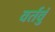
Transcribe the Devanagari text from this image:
वर्तवुं